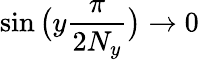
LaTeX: \sin\big(y\frac{\pi}{2N_{y}}\big)\rightarrow 0